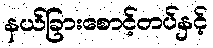
နယ်ခြားစောင့်တပ်နှင့်